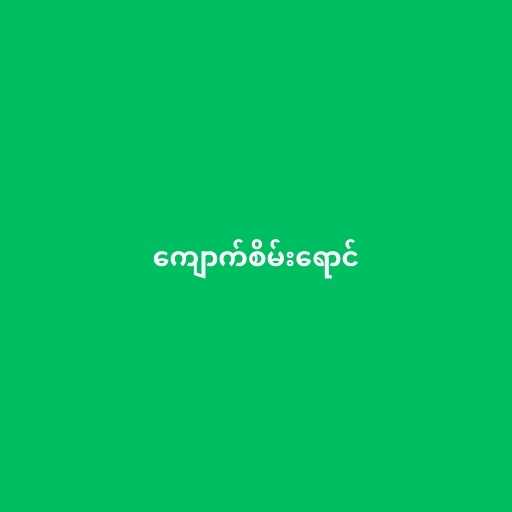
ကျောက်စိမ်းရောင်